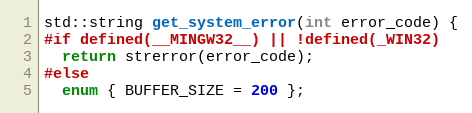
Language: C++
std::string get_system_error(int error_code) {
#if defined(__MINGW32__) || !defined(_WIN32)
  return strerror(error_code);
#else
  enum { BUFFER_SIZE = 200 };